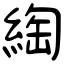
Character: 綯